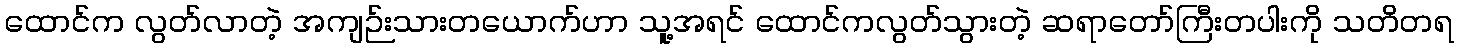
ထောင်က လွတ်လာတဲ့ အကျဉ်းသားတယောက်ဟာ သူ့အရင် ထောင်ကလွတ်သွားတဲ့ ဆရာတော်ကြီးတပါးကို သတိတရ